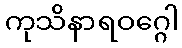
ကုသိနာရဝဂ္ဂေါ